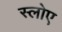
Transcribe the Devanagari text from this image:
स्लोए